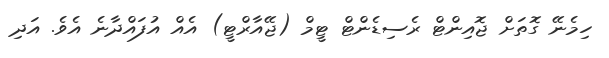
ހިމެނޭ ގޮތަށް ޖޮއިންޓް ރެސިޑެންޓް ޓީމް (ޖޭއާރްޓީ) އެއް އުފައްދާނެ އެވެ. އަދި